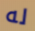
له